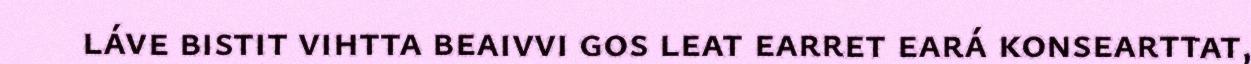
láve bistit vihtta beaivvi gos leat earret eará konsearttat,